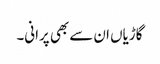
گاڑیاں ان سے بھی پرانی۔